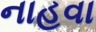
નાહવા